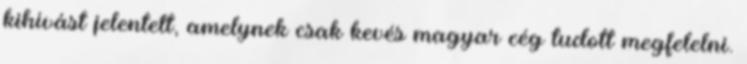
kihívást jelentett, amelynek csak kevés magyar cég tudott megfelelni.